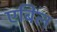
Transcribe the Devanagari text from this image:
एबिल